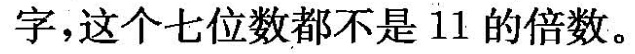
字，这个七位数都不是11的倍数。